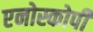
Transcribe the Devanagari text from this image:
एनोस्कोपी